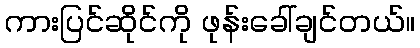
ကားပြင်ဆိုင်ကို ဖုန်းခေါ်ချင်တယ်။